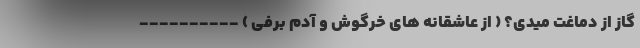
گاز از دماغت میدی؟ ( از عاشقانه های خرگوش و آدم برفی ) ----------